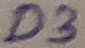
Text: D3